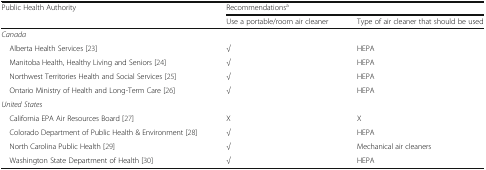
<table><thead><tr><td rowspan="2"><b>Public Health Authority</b></td><td colspan="2"><b>Recommendations<sup>a</sup></b></td></tr><tr><td><b>Use a portable/room air cleaner</b></td><td><b>Type of air cleaner that should be used</b></td></tr></thead><tbody><tr><td colspan="3"><i>Canada</i></td></tr><tr><td> Alberta Health Services [23]</td><td>√</td><td>HEPA</td></tr><tr><td> Manitoba Health, Healthy Living and Seniors [24]</td><td>√</td><td>HEPA</td></tr><tr><td> Northwest Territories Health and Social Services [25]</td><td>√</td><td>HEPA</td></tr><tr><td> Ontario Ministry of Health and Long-Term Care [26]</td><td>√</td><td>HEPA</td></tr><tr><td colspan="3"><i>United States</i></td></tr><tr><td> California EPA Air Resources Board [27]</td><td>X</td><td>X</td></tr><tr><td> Colorado Department of Public Health &amp; Environment [28]</td><td>√</td><td>HEPA</td></tr><tr><td> North Carolina Public Health [29]</td><td>√</td><td>Mechanical air cleaners</td></tr><tr><td> Washington State Department of Health [30]</td><td>√</td><td>HEPA</td></tr></tbody></table>